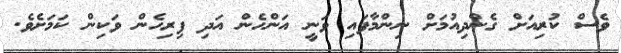
ވެސް ކުރިއަށް ގެންދިއުމަށް ނިންމާފައި ވަނީ އަންހެން އަދި ފިރިހެން ވަކިން ކަމަށެވެ.